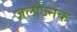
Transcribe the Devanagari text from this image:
ज़लेज्निक